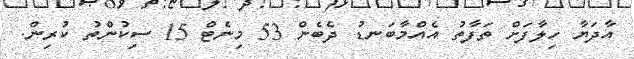
އާދަޔާ ހިލާފަށް ތަފާތު އެއްމާބަނޑު ދެބެން 53 މިނެޓް 15 ސިކުންތު ކުރިން.